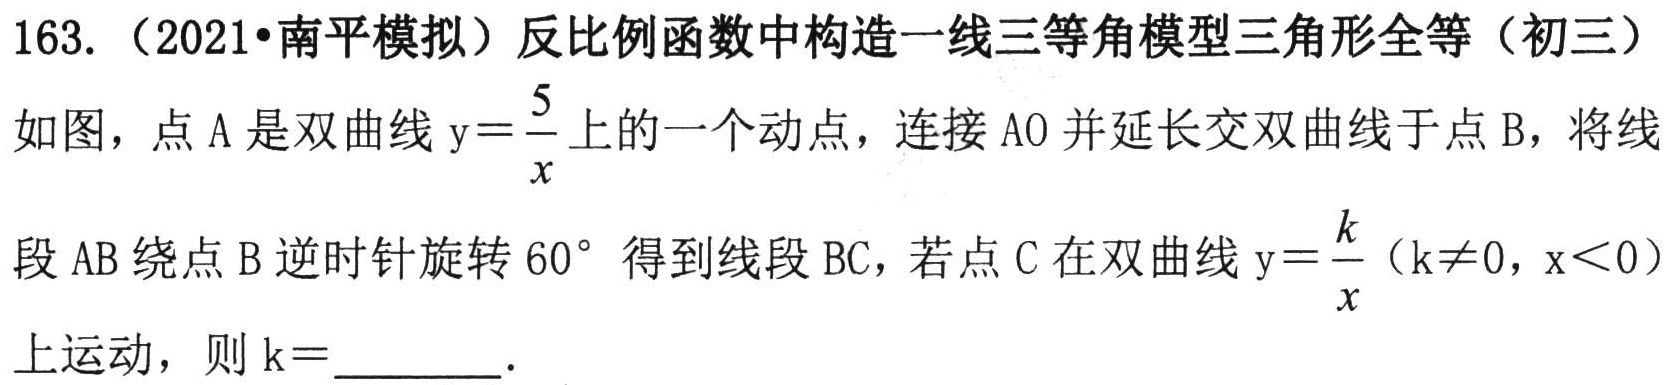
163.（2021•南平模拟）反比例函数中构造一线三等角模型三角形全等（初三）

如图，点A是双曲线\(y = \frac{5}{x}\)上的一个动点，连接AO并延长交双曲线于点B，将线段AB绕点B逆时针旋转\(60^{\circ}\)得到线段BC，若点C在双曲线\(y = \frac{k}{x}(k\neq0,x < 0)\)上运动，则\(k =\)  ．